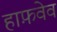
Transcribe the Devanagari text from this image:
हाफ़वेव